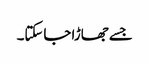
جسے جھاڑا جاسکتا۔